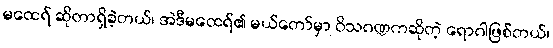
မထေရ် ဆိုတာရှိခဲ့တယ်၊ အဲဒီမထေရ်၏ မယ်တော်မှာ ဝိသဂဏ္ဍကဆိုတဲ့ ရောဂါဖြစ်တယ်၊